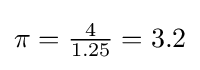
{\textstyle \pi ={\frac {4}{1.25}}=3.2}